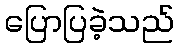
ပြောပြခဲ့သည်